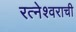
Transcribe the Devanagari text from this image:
रत्नेश्वराची